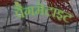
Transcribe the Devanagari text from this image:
पैगमेटाइट